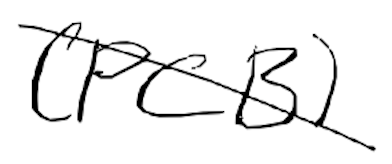
Text: (PCB)
Cross-out: mix
Writing tool: digital_black